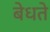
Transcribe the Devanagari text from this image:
बेधते